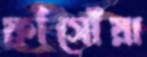
ফ্রাঁসোঁয়া